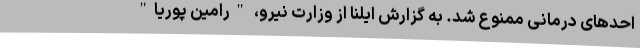
احدهای درمانی ممنوع شد. به گزارش ایلنا از وزارت نیرو، "رامین پوریا"